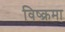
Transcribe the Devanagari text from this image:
विष्क्रमा